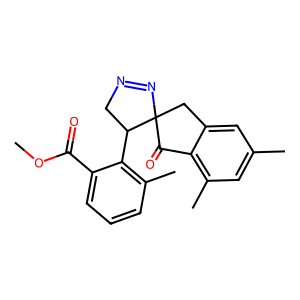
SMILES: COC(=O)c1cccc(C)c1C1CN=NC12Cc1cc(C)cc(C)c1C2=O
Inhibits HIV replication: No